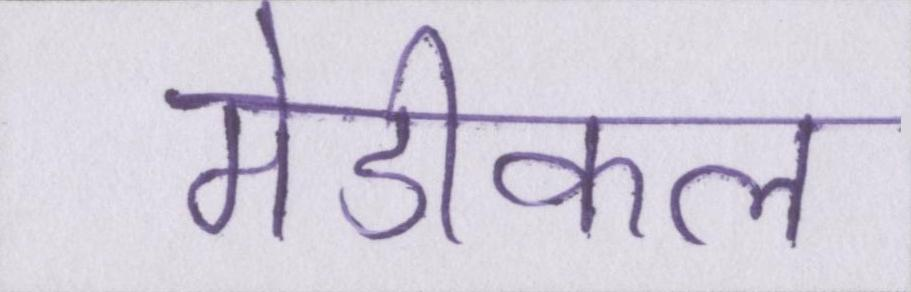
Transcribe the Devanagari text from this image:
मेडीकल